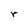
Character: r